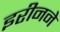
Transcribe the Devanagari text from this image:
इरीनने